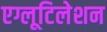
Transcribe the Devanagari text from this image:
एग्लूटिलेशन